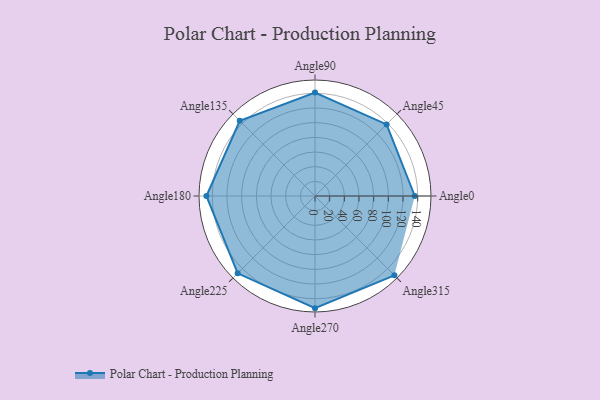
{"axis": {"x": "Angle", "y": "Radius"}, "legend": [""], "data": [{"x": "Angle0", "y": 136.0, "type": ""}, {"x": "Angle45", "y": 138.0, "type": ""}, {"x": "Angle90", "y": 141.0, "type": ""}, {"x": "Angle135", "y": 145.0, "type": ""}, {"x": "Angle180", "y": 148.0, "type": ""}, {"x": "Angle225", "y": 149.0, "type": ""}, {"x": "Angle270", "y": 153.0, "type": ""}, {"x": "Angle315", "y": 153.0, "type": ""}]}